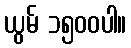
ယွမ် ၁၅၀၀ပါ။